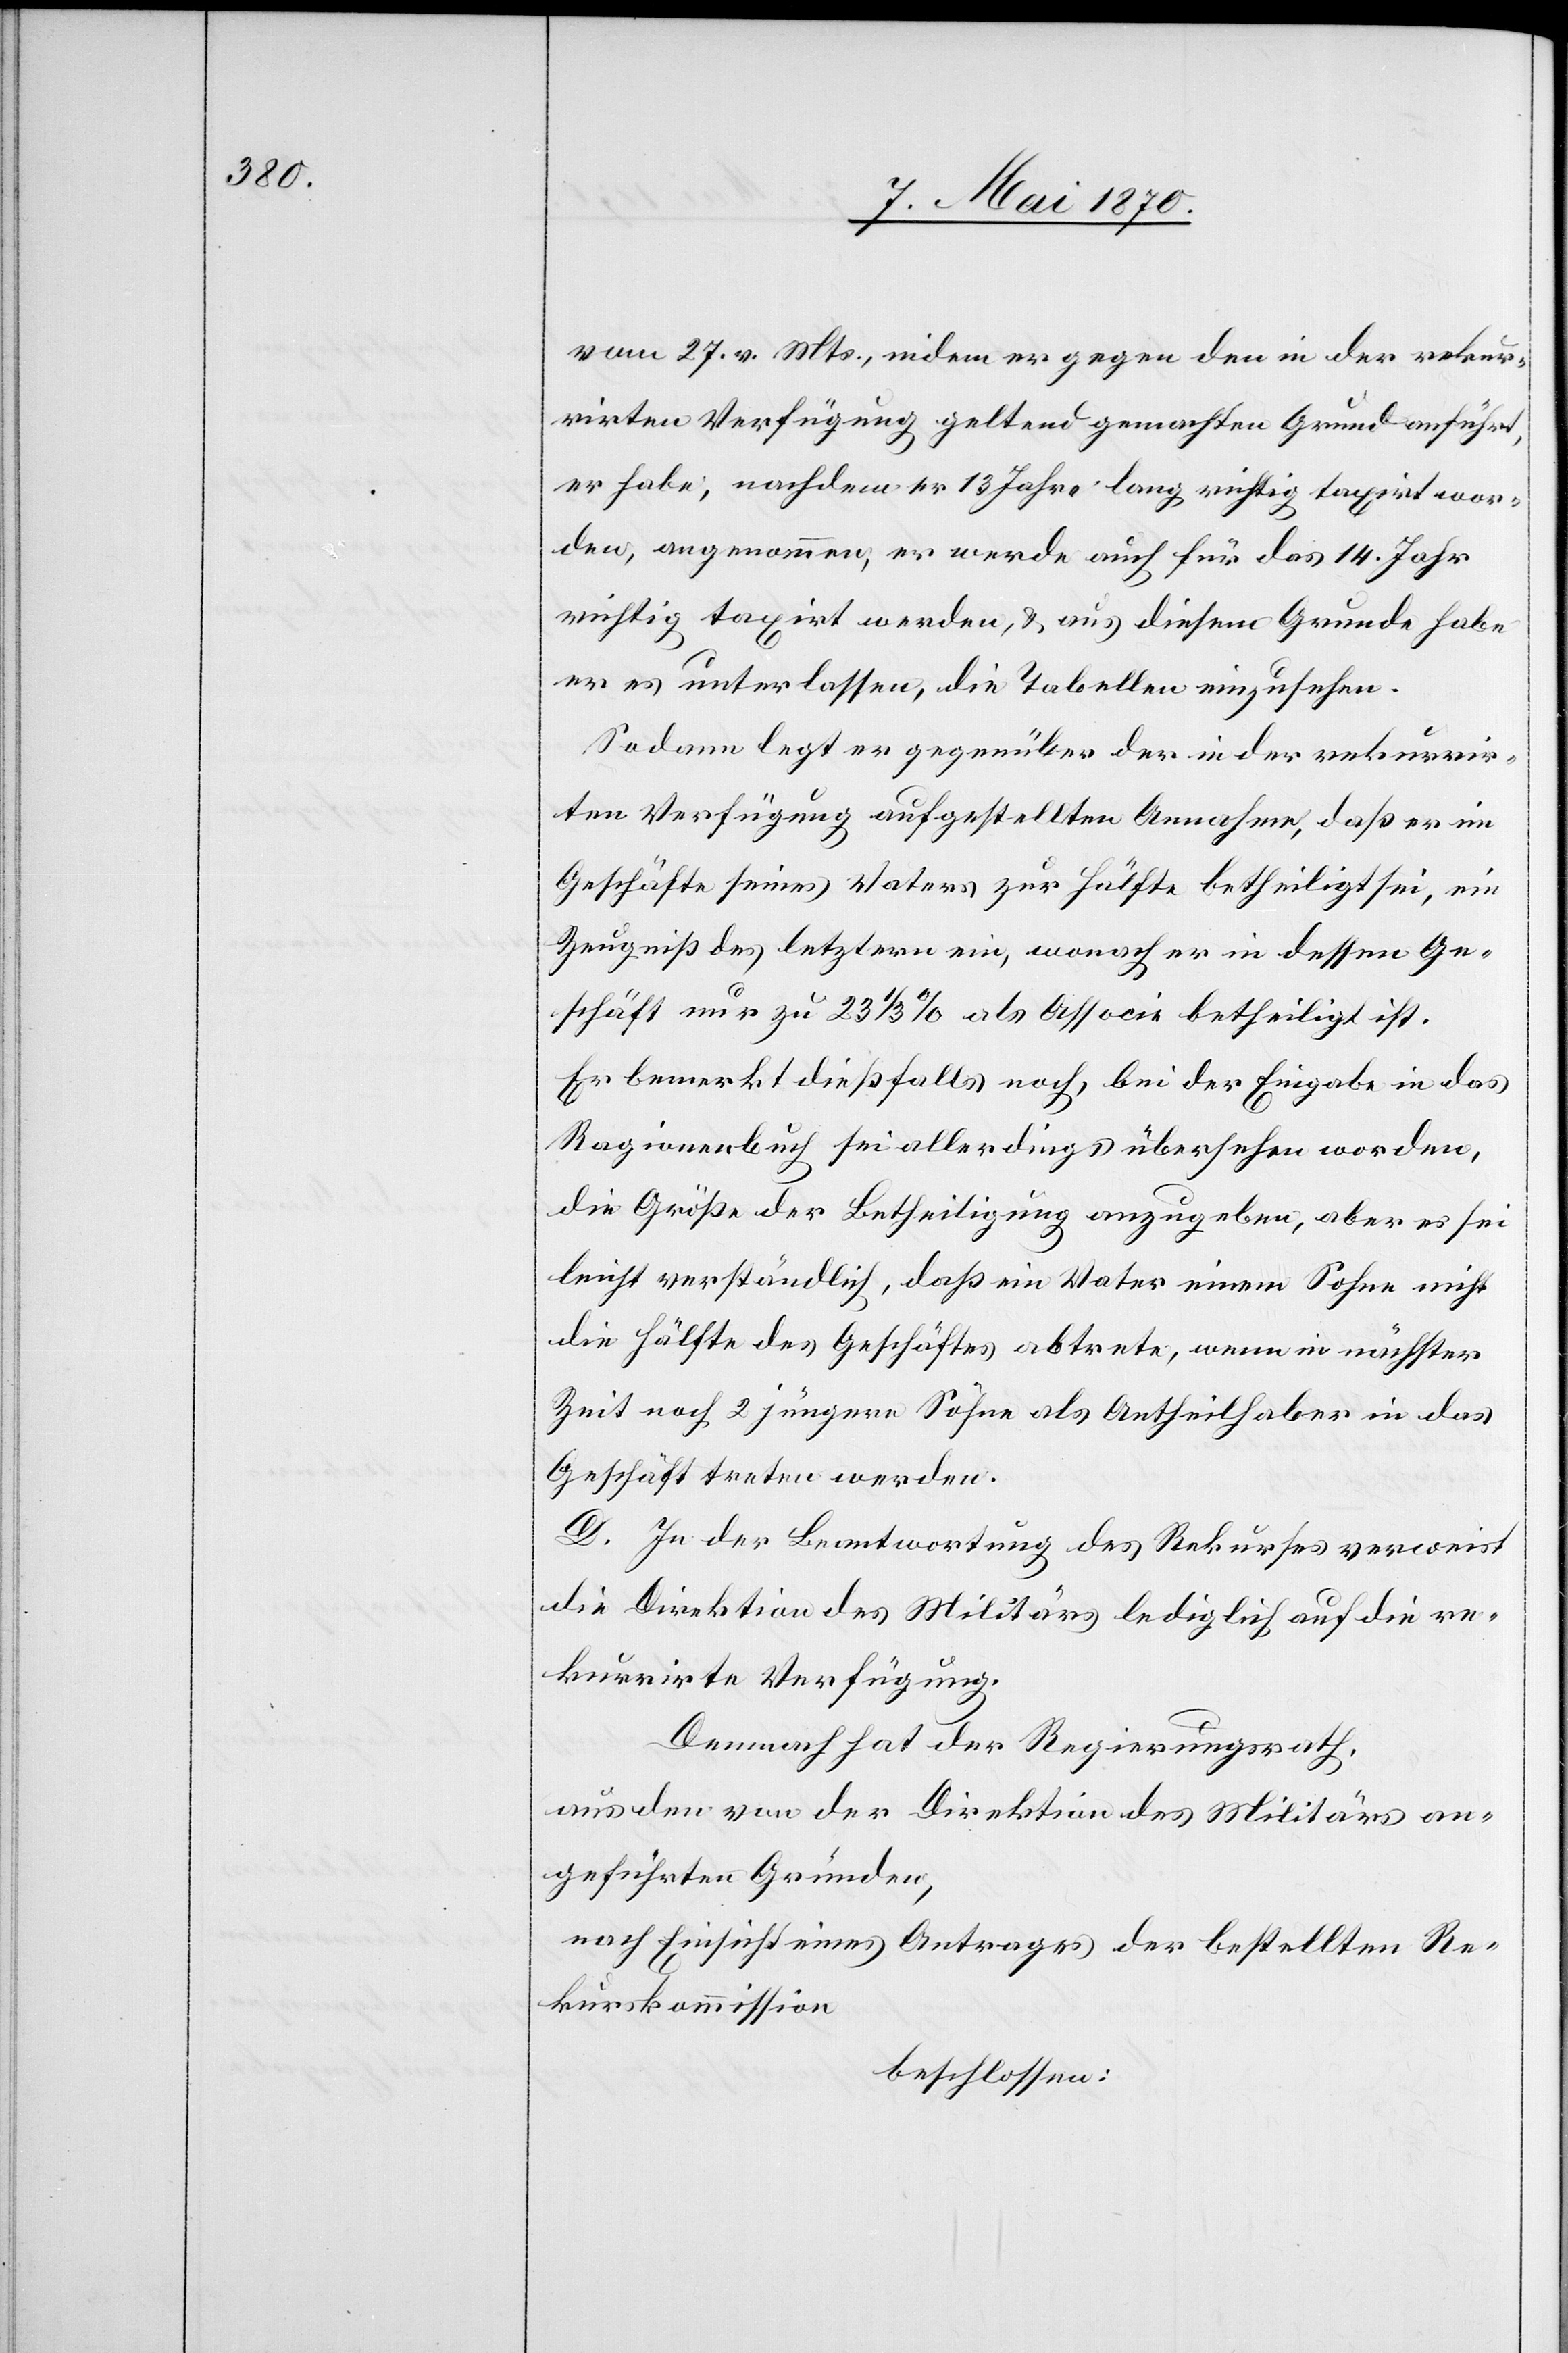
vom 27. v. Mts., indem er gegen den in der rekur¬
rirten Verfügung geltend gemachten Grund anführt,
er habe, nachdem er 13 Jahre lang richtig taxirt wor¬
den, angenommen, er werde auch für das 14. Jahr
richtig taxirt werden, & aus diesem Grunde habe
er es unterlassen, die Tabellen einzusehen.
Sodann legt er gegenüber der in der rekurrir¬
ten Verfügung aufgestellten Annahme, daß er im
Geschäfte seines Vaters zur Hälfte betheiligt sei, ein
Zeugniß des letztern ein, wonach er in dessen Ge¬
schäft nur zu 23 1/3% als Associe betheiligt ist.
Er bemerkt dießfalls noch, bei der Eingabe in das
Ragionenbuch sei allerdings übersehen worden,
die Größe der Betheiligung anzugeben, aber es sei
leicht verständlich, daß ein Vater einem Sohne nicht
die Hälfte des Geschäftes abtrete, wenn in nächster
Zeit noch 2 jüngere Söhne als Antheilhaber in das
Geschäft treten werden.
D. In der Beantwortung des Rekurses verweist
die Direktion des Militärs lediglich auf die re¬
kurrirte Verfügung.
Demnach hat der Regierungsrath,
aus dem von der Direktion des Militärs an¬
geführten Gründen,
nach Einsicht eines Antrages der bestellten Re¬
kurskommission,
beschlossen: